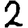
Digit: 2